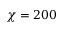
\chi = 2 0 0